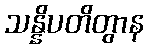
သန္နိပတိတွာန